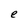
Character: e